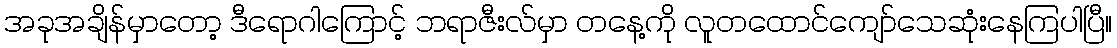
အခုအချိန်မှာတော့ ဒီရောဂါကြောင့် ဘရာဇီးလ်မှာ တနေ့ကို လူတထောင်ကျော်သေဆုံးနေကြပါပြီ။